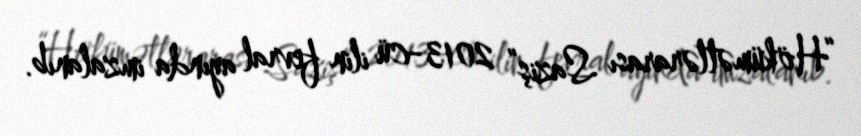
“Hökümətlərarası Saziş” 2013-cü ilin fevral ayında imzalanıb.